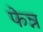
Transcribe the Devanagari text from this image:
फेन्न